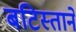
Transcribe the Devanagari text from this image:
बटिस्ताने